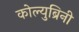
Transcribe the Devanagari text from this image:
कोल्युब्रिनी